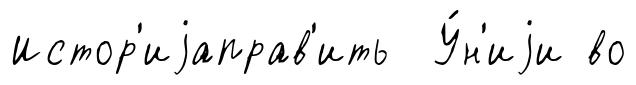
Истор'иjаправ'ить У́н'иjи во